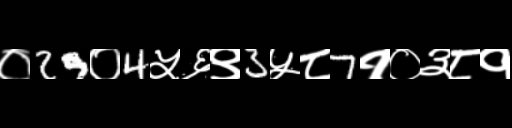
Text: ०29०4५६९3५८7१०३८१